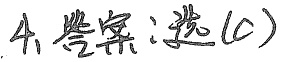
4、答案：选\(\textcircled{C}\)